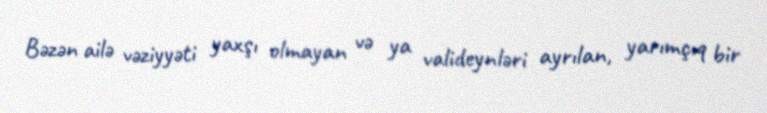
Bəzən ailə vəziyyəti yaxşı olmayan və ya valideynləri ayrılan, yarımçıq bir